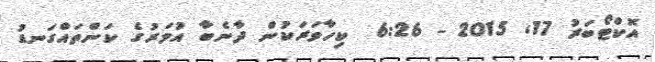
އޮކްޓޯބަރު 17